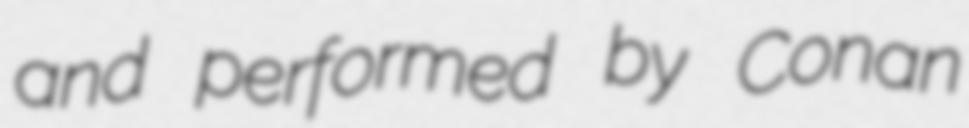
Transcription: and performed by Conan